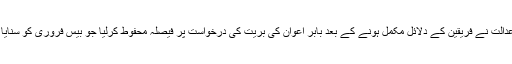
بعد ازاں عدالت نے فریقین کے دلائل مکمل ہونے کے بعد بابر اعوان کی بریت کی درخواست پر فیصلہ محفوط کرلیا جو بیس فروری کو سنایا جائے گا۔